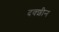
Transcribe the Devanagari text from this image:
दक्शीन